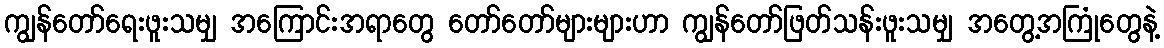
ကျွန်တော်ရေးဖူးသမျှ အကြောင်းအရာတွေ တော်တော်များများဟာ ကျွန်တော်ဖြတ်သန်းဖူးသမျှ အတွေ့အကြုံတွေနဲ့